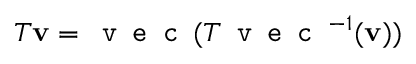
T \mathbf { v } = \texttt { v e c } ( T \texttt { v e c } ^ { - 1 } ( \mathbf { v } ) )